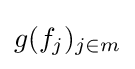
g(f_{j})_{j\in m}